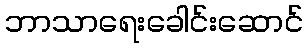
ဘာသာရေးခေါင်းဆောင်